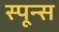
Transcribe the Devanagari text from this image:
स्पून्स